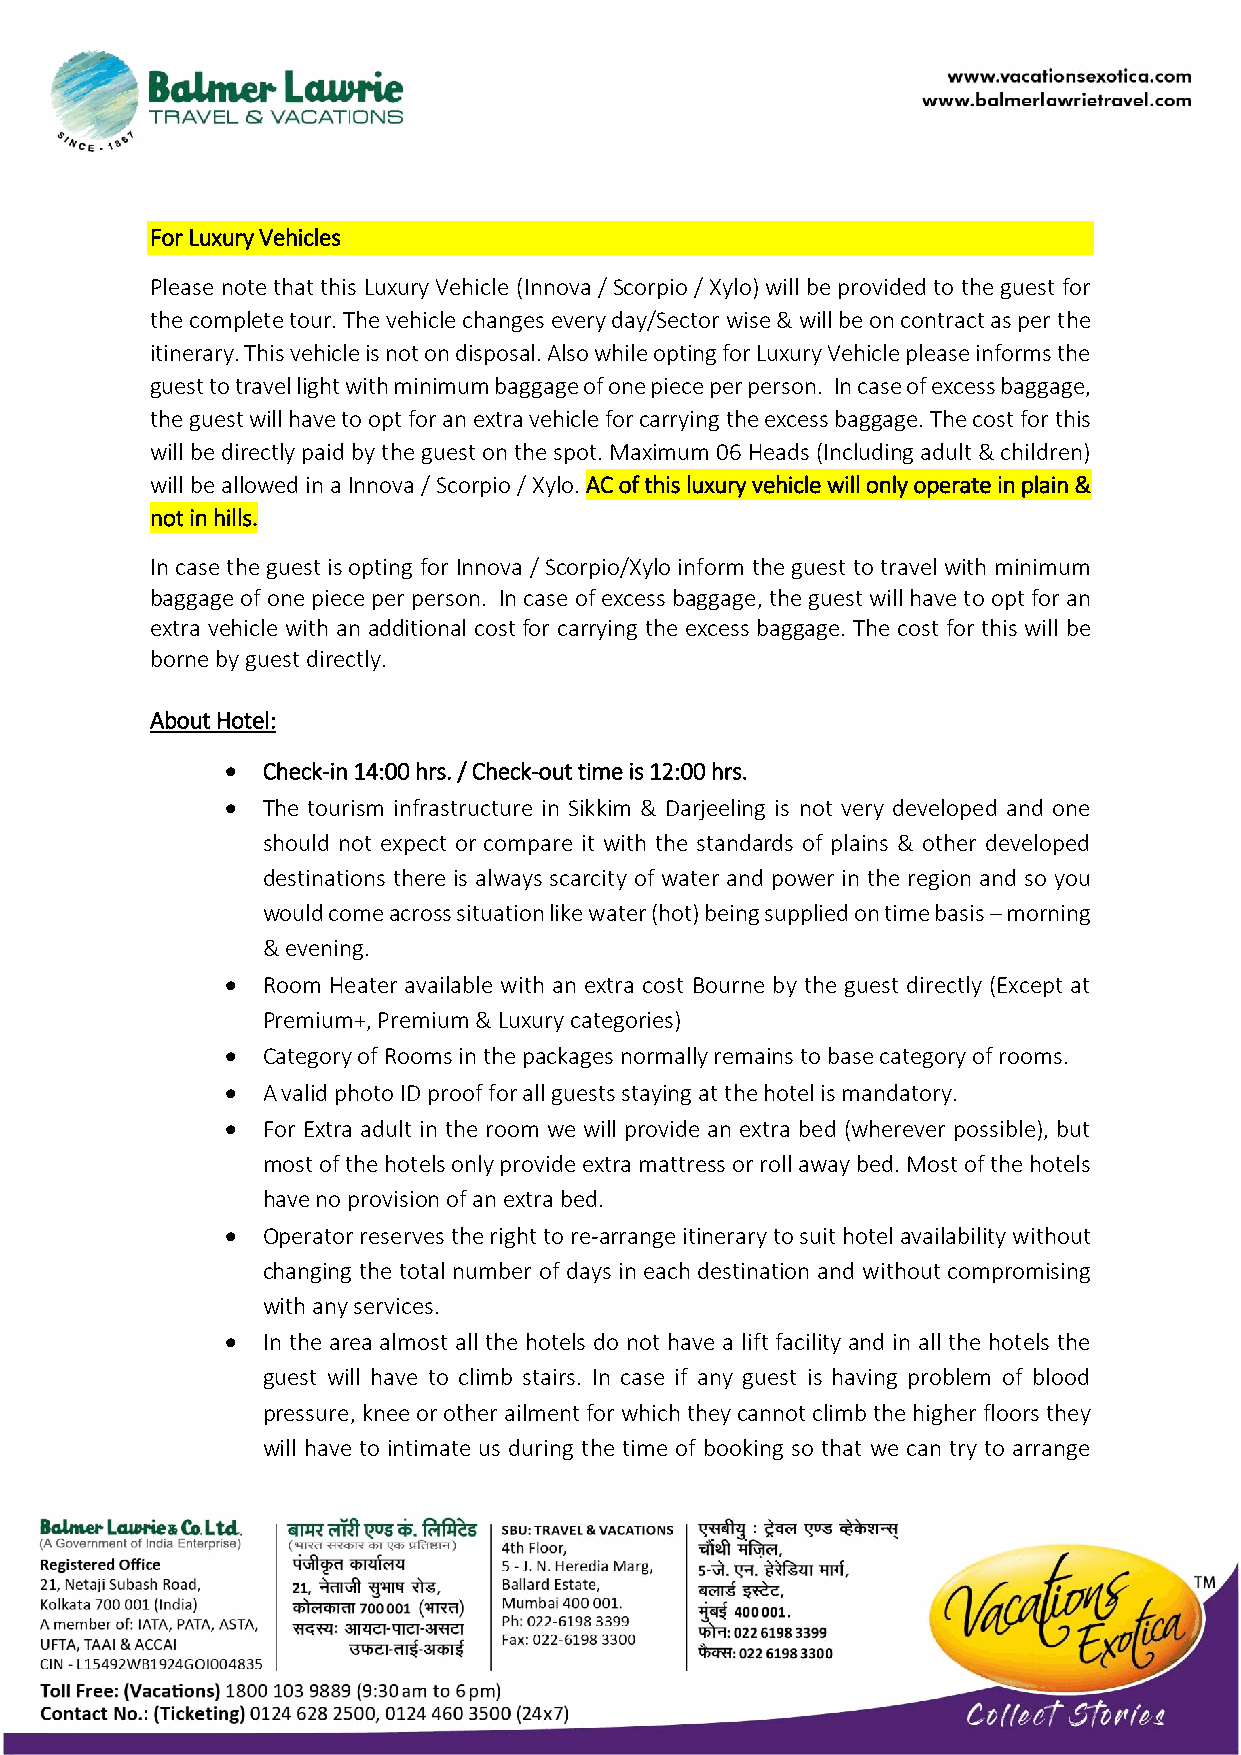
For Luxury Vehicles
 Please note that this Luxury Vehicle (Innova / Scorpio / Xylo) will be provided to the guest for
 the complete tour. The vehicle changes every day/Sector wise & will be on contract as per the
 itinerary. This vehicle is not on disposal. Also while opting for Luxury Vehicle please informs the
 guest to travel light with minimum baggage of one piece per person. In case of excess baggage,
 the guest will have to opt for an extra vehicle for carrying the excess baggage. The cost for this
 will be directly paid by the guest on the spot. Maximum 06 Heads (Including adult & children)
 will be allowed in a Innova / Scorpio / Xylo. AC of this luxury vehicle will only operate in plain &
 not in hills.
 In case the guest is opting for Innova / Scorpio/Xylo inform the guest to travel with minimum
 baggage of one piece per person. In case of excess baggage, the guest will have to opt for an
 extra vehicle with an additional cost for carrying the excess baggage. The cost for this will be
 borne by guest directly.
 About Hotel:
 • Check-in 14:00 hrs. / Check-out time is 12:00 hrs.
 • The tourism infrastructure in Sikkim & Darjeeling is not very developed and one
 should not expect or compare it with the standards of plains & other developed
 destinations there is always scarcity of water and power in the region and so you
 would come across situation like water (hot) being supplied on time basis – morning
 & evening.
 • Room Heater available with an extra cost Bourne by the guest directly (Except at
 Premium+, Premium & Luxury categories)
 • Category of Rooms in the packages normally remains to base category of rooms.
 • A valid photo ID proof for all guests staying at the hotel is mandatory.
 • For Extra adult in the room we will provide an extra bed (wherever possible), but
 most of the hotels only provide extra mattress or roll away bed. Most of the hotels
 have no provision of an extra bed.
 • Operator reserves the right to re-arrange itinerary to suit hotel availability without
 changing the total number of days in each destination and without compromising
 with any services.
 • In the area almost all the hotels do not have a lift facility and in all the hotels the
 guest will have to climb stairs. In case if any guest is having problem of blood
 pressure, knee or other ailment for which they cannot climb the higher floors they
 will have to intimate us during the time of booking so that we can try to arrange